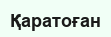
Қаратоған